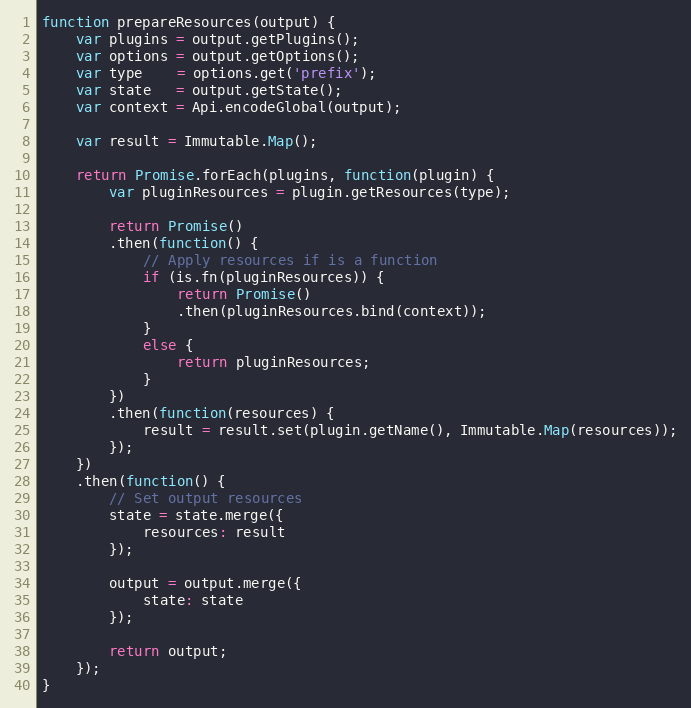
Language: JavaScript
function prepareResources(output) {
    var plugins = output.getPlugins();
    var options = output.getOptions();
    var type    = options.get('prefix');
    var state   = output.getState();
    var context = Api.encodeGlobal(output);

    var result = Immutable.Map();

    return Promise.forEach(plugins, function(plugin) {
        var pluginResources = plugin.getResources(type);

        return Promise()
        .then(function() {
            // Apply resources if is a function
            if (is.fn(pluginResources)) {
                return Promise()
                .then(pluginResources.bind(context));
            }
            else {
                return pluginResources;
            }
        })
        .then(function(resources) {
            result = result.set(plugin.getName(), Immutable.Map(resources));
        });
    })
    .then(function() {
        // Set output resources
        state = state.merge({
            resources: result
        });

        output = output.merge({
            state: state
        });

        return output;
    });
}